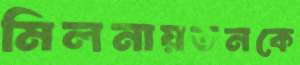
মিলনায়তনকে